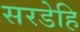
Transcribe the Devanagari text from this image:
सरडेहि